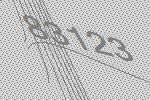
83123